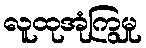
လူထုအုံကြွမှု